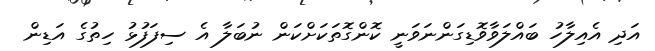
އަދި އެއިލާހު ބައްލަވާވޮޑިގަންނަވަނީ ކޮންގޮތަކަށްކަން ނުބަލާ އެ ސިފަފުޅު ހިތުގެ އަޑިން